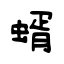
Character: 蝑